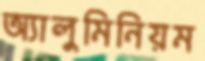
অ্যালুমিনিয়ম